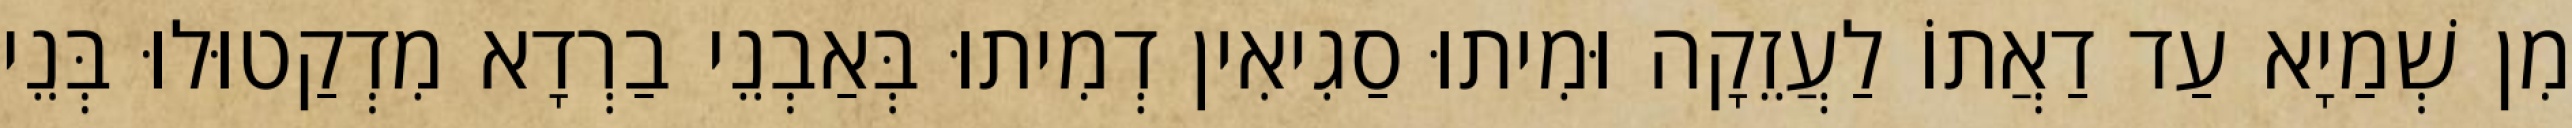
מִן שְׁמַיָא עַד דַאֲתוֹ לַעֲזֵקָה וּמִיתוּ סַגִיאִין דְמִיתוּ בְּאַבְנֵי בַרְדָא מִדְקַטוּלוּ בְּנֵי